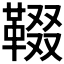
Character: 𩋁